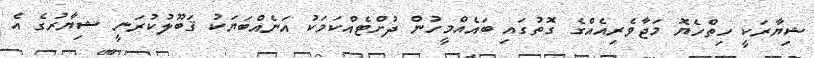
ޝިޔާރަކީ ހިތްހެޔޮ މަޖާވެރިއެއްގެ ގޮތުގައި ބައެއްމީހުން ދުށްޓެއްކަމަކު އަނެއްބަޔަކު ޤަބޫލުކުރަނީ ޝިޔާރުގެ އެ